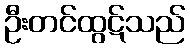
ဦးတင်ထွဋ်သည်